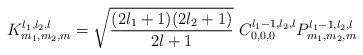
LaTeX: \begin{align*}K_{m_{1},m_{2},m}^{l_{1},l_{2},l}=\sqrt{\frac{(2l_{1}+1)(2l_{2}+1)}{2l+1}}\ C_{0,0,0}^{l_{1}-1,l_{2},l}P_{m_{1},m_{2},m}^{l_{1}-1,l_{2},l}\ \end{align*}